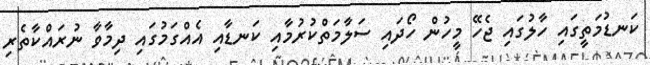
ކަނޑުމަތީގައި ހާލުގައި ޖެހޭ މީހުން ހޯދައި ސަލާމަތްކުރުމާއި ކަނޑާއި އެއްގަމުގައި ދިމާވާ ނުރައްކާތެރި